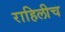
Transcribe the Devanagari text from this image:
राहिलीच